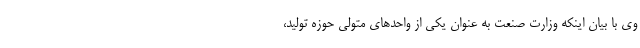
وی با بیان اینکه وزارت صنعت به عنوان یکی از واحدهای متولی حوزه تولید،